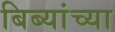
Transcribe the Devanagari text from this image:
बिब्यांच्या